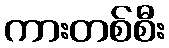
ကားတစ်စီး